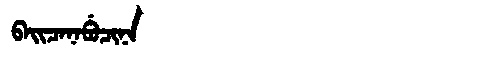
Manchu: ᠪᠠᡳᠴᠠᠨᠠᠪᡠᠴᡳᠨᠠ
Romanization: BAICANABUCINA